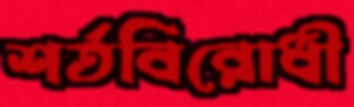
শর্তবিরোধী